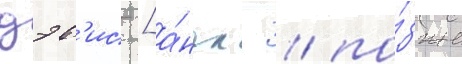
дэв'ис [а́нгл. / по́зже